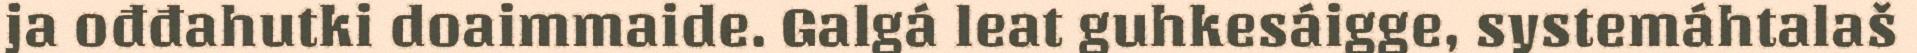
ja ođđahutki doaimmaide. Galgá leat guhkesáigge, systemáhtalaš